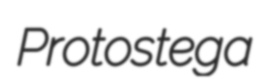
Protostega